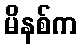
မိနစ်က